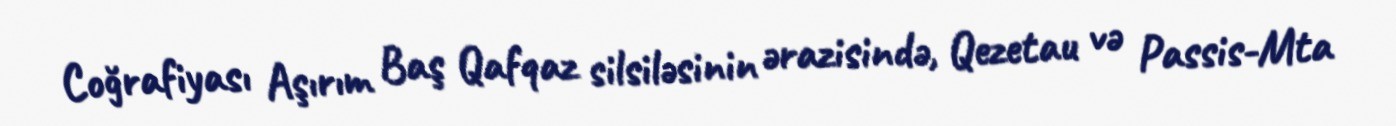
Coğrafiyası Aşırım Baş Qafqaz silsiləsinin ərazisində, Qezetau və Passis-Mta